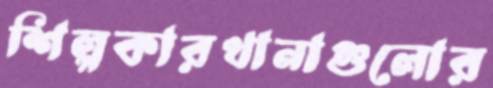
শিল্পকারখানাগুলোর